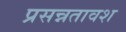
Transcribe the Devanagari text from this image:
प्रसन्नतावश